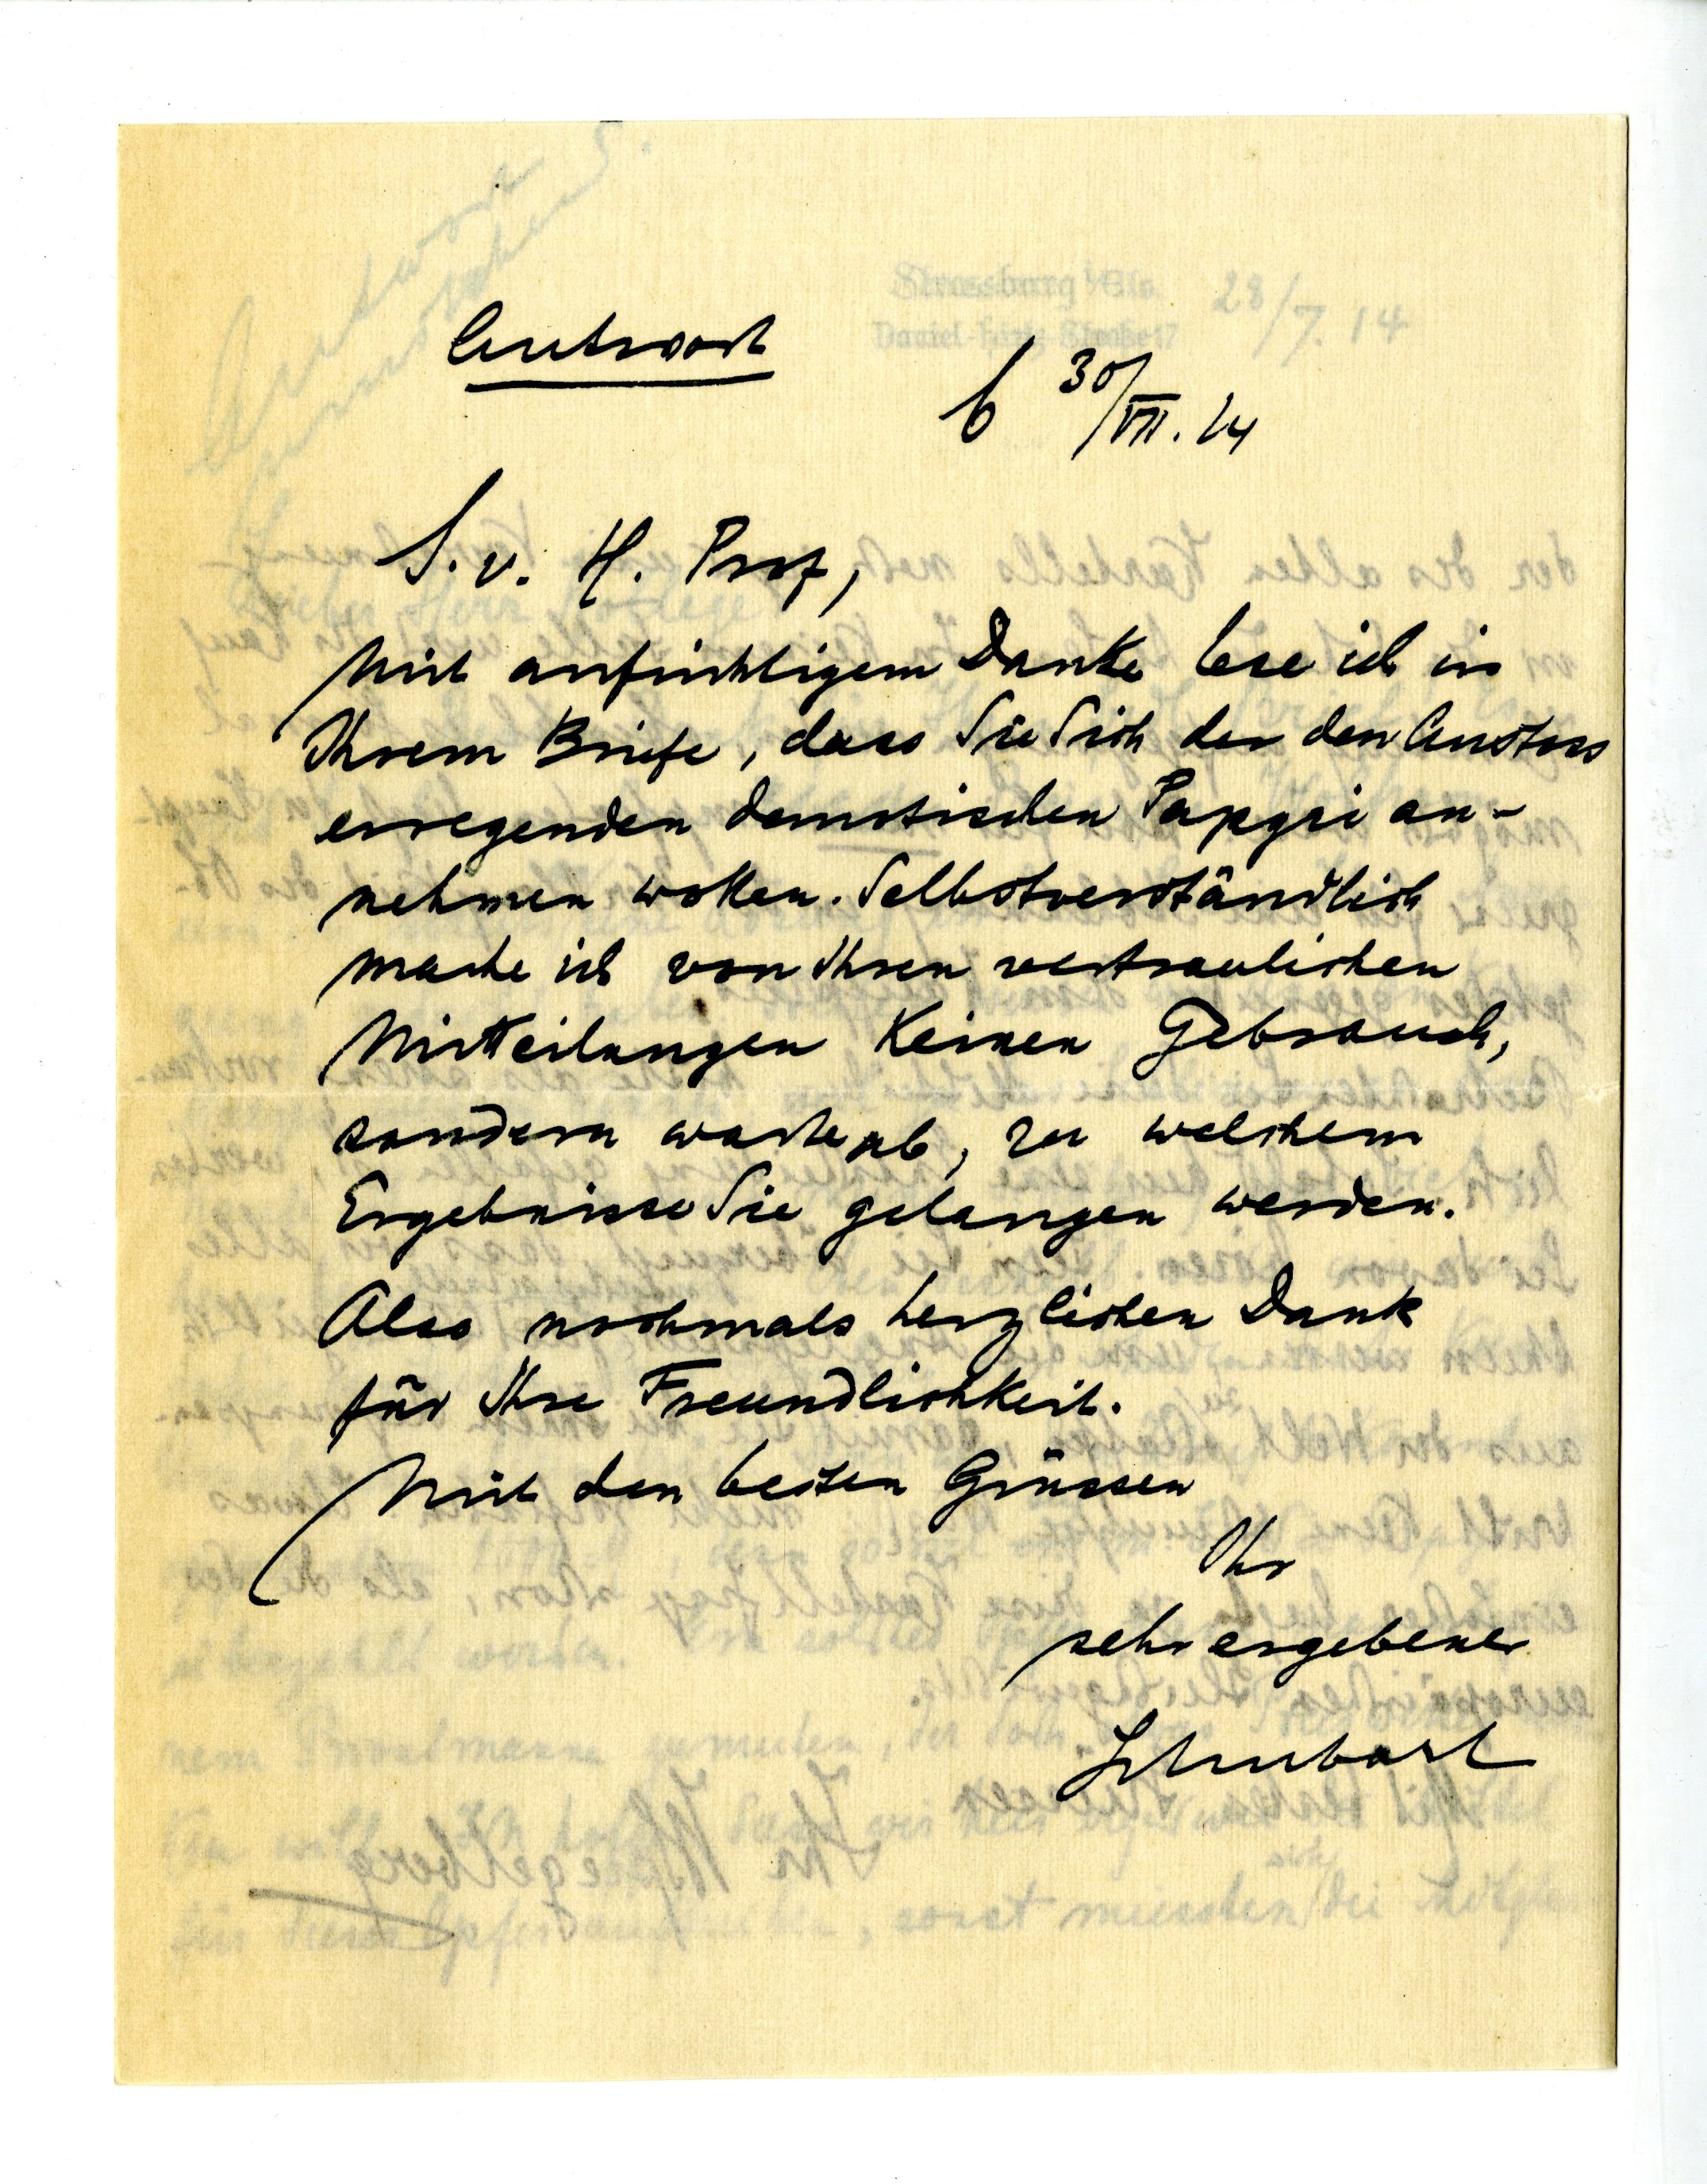
Antwort
B 30 / VII. 14
S. v. H. Prof.
mit aufrichtigem Danke lese ich in
Ihrem Briefe, dass Sie sich der den Anstoss
erregenden demotischen Papyri an¬
nehmen wollen. Selbstverständlich
mache ich von Ihren vertraulichen
Mitteilungen keinen Gebrauch,
sondern warte ab, zu welchem
Ergebnissen Sie gelangen werden.
Also nochmals herzlichen Danke
für Ihre Freundlichkeit.
Mit den besten Grüssen
Ihr
sehr ergebener
Schubart